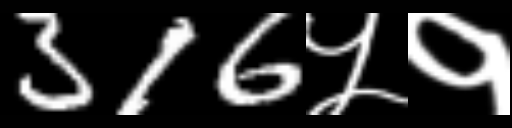
Text: 316५१